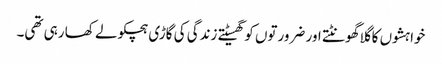
خواہشوں کا گلا گھونٹتے اور ضرورتوں کو گھسیٹتے زندگی کی گاڑی ہچکولے کھا رہی تھی۔